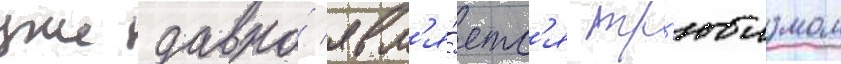
уже давно́ явл'я́етс'я тр'юизмом